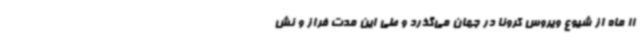
11 ماه از شیوع ویروس کرونا در جهان می‌گذرد و طی این مدت فراز و نش